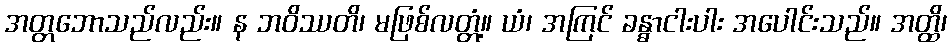
အတ္တဘောသည်လည်း။ န ဘဝိဿတိ၊ မဖြစ်လတ္တံ့။ ယံ၊ အကြင် ခန္ဓာငါးပါး အပေါင်းသည်။ အတ္ထိ၊